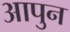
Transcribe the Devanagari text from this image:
आपुन